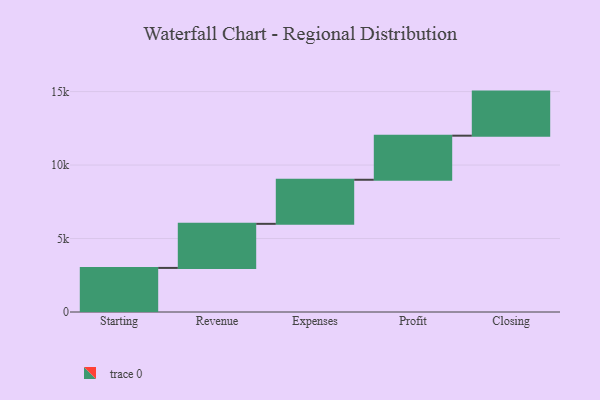
{"axis": {"x": "Step", "y": "Value"}, "legend": [""], "data": [{"x": "Starting", "y": 3000, "type": ""}, {"x": "Revenue", "y": 3000, "type": ""}, {"x": "Expenses", "y": 3000, "type": ""}, {"x": "Profit", "y": 3000, "type": ""}, {"x": "Closing", "y": 3000, "type": ""}]}